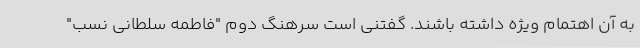
به آن اهتمام ویژه داشته باشند. گفتنی است سرهنگ دوم "فاطمه سلطانی نسب"